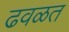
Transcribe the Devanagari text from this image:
ढवळत